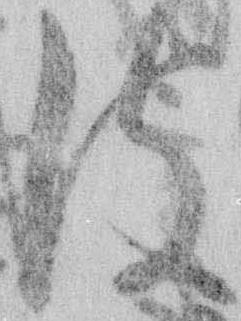
彼